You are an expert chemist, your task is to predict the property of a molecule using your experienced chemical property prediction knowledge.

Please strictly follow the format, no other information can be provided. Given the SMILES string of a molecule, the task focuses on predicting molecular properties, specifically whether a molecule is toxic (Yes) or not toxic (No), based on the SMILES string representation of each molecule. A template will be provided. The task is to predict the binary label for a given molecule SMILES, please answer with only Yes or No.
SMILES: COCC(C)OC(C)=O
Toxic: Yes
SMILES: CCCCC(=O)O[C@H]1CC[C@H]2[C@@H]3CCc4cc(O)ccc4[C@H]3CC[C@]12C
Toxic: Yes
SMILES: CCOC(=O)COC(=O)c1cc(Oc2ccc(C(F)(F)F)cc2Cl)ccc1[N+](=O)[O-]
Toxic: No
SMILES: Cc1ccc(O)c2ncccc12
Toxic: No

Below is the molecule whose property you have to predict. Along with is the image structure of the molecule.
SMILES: COC(=O)c1cc(Cl)cc(Cl)c1
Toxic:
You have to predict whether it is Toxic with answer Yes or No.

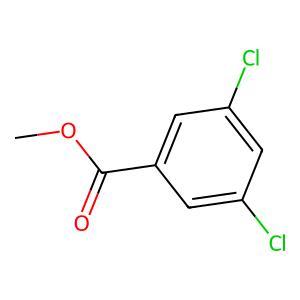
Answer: No